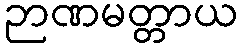
ဉာဏမတ္တာယ